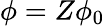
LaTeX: \phi=Z\phi_{0}